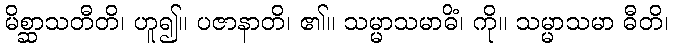
မိစ္ဆာသတီတိ၊ ဟူ၍။ ပဇာနာတိ၊ ၏။ သမ္မာသမာဓိံ၊ ကို။ သမ္မာသမာ ဓီတိ၊